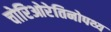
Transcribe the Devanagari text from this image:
चोरिओरेतिनोपथ्य